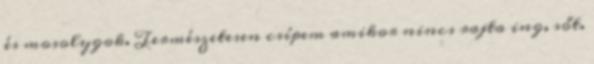
és mosolygok. Természetesen csípem amikor nincs rajta ing, sőt.